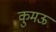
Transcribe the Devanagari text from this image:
कुमऊ